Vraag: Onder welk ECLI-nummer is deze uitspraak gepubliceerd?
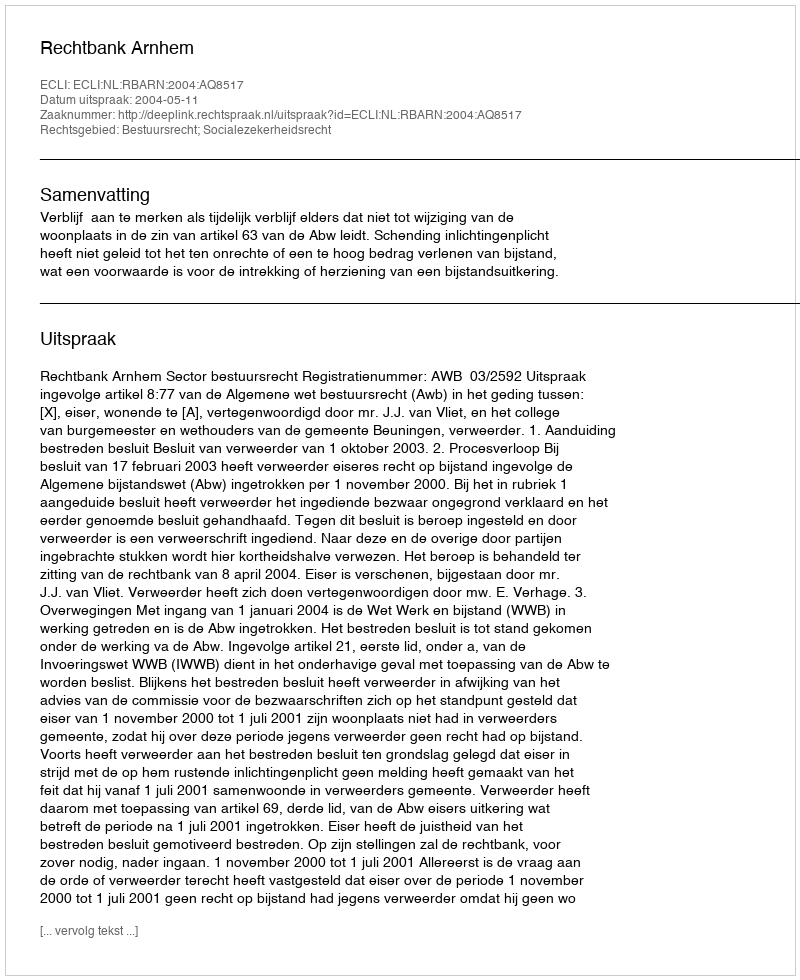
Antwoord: ECLI:NL:RBARN:2004:AQ8517